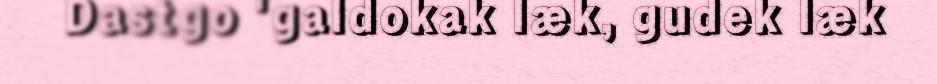
Dastgo 'galdokak læk, gudek læk